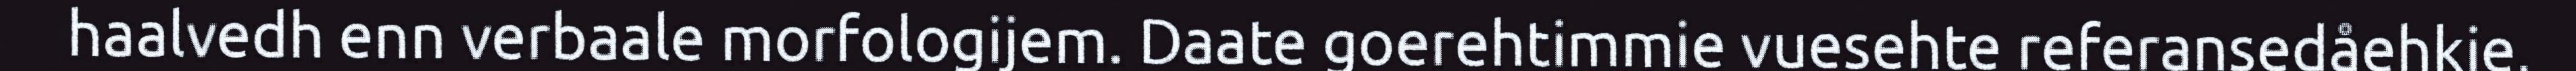
haalvedh enn verbaale morfologijem. Daate goerehtimmie vuesehte referansedåehkie,